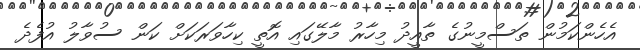
އެހެންކަމުން ތަސްމީނުގެ ތާއީދު މިހާރު މާލޭގައި އޮތީ ކިހާވަރަކަށް ކަން ސުވާލު އުފެދެ